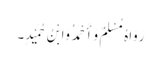
رَوَاہُ مُسْلِمٌ وَأَحْمَدُ وَابْنُ حُمَیْدٍ۔